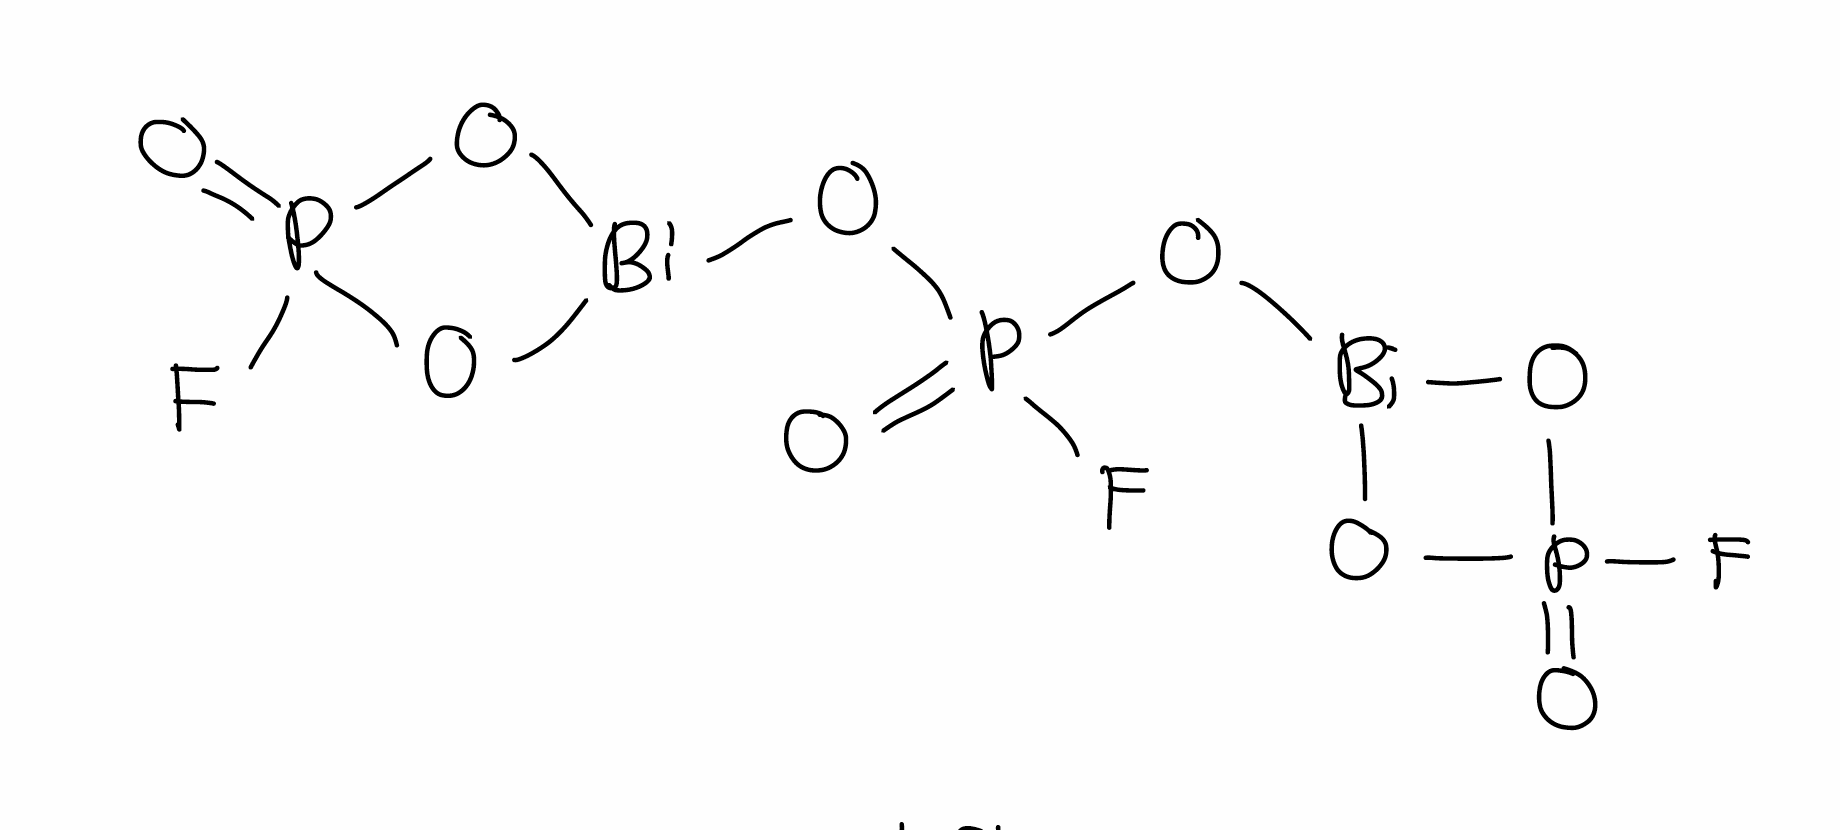
Simplified molecular-input line-entry system (SMILES) notation of the given molecule:
O=P1(O[Bi](O1)OP(=O)(O[Bi]2OP(=O)(O2)F)F)F